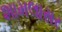
શામલાસર